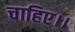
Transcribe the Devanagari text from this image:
चाहिए।।